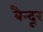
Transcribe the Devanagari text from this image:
बैन्दूर